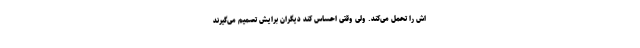
اش را تحمل می‌کند. ولی وقتی احساس کند دیگران برایش تصمیم می‌گیرند